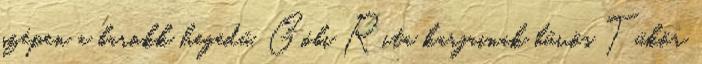
szépen a barokk hegedű, Góbi Rita karjainak bűvös Tükör